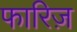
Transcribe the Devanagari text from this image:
फारिज़